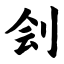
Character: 刽